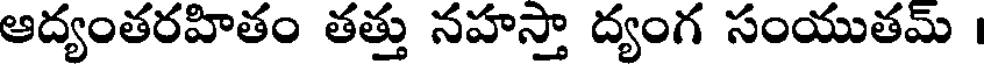
ఆద్యంతరహితం తత్తు నహస్తా ద్యంగ సంయుతమ్